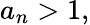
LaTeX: a_{n}>1,